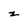
Character: z